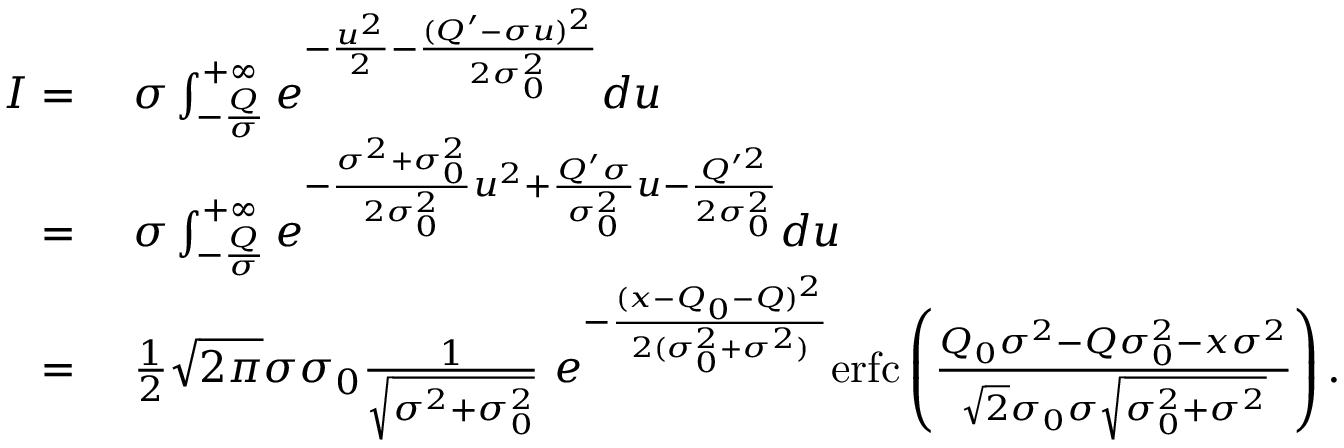
\begin{array} { r l } { I = \ } & { \sigma \int _ { - \frac { Q } { \sigma } } ^ { + \infty } e ^ { - \frac { u ^ { 2 } } { 2 } - \frac { ( Q ^ { \prime } - \sigma u ) ^ { 2 } } { 2 \sigma _ { 0 } ^ { 2 } } } d u } \\ { = \ } & { \sigma \int _ { - \frac { Q } { \sigma } } ^ { + \infty } e ^ { - \frac { \sigma ^ { 2 } + \sigma _ { 0 } ^ { 2 } } { 2 \sigma _ { 0 } ^ { 2 } } u ^ { 2 } + \frac { Q ^ { \prime } \sigma } { \sigma _ { 0 } ^ { 2 } } u - \frac { Q ^ { \prime 2 } } { 2 \sigma _ { 0 } ^ { 2 } } } d u } \\ { = \ } & { \frac { 1 } { 2 } \sqrt { 2 \pi } \sigma \sigma _ { 0 } \frac { 1 } { \sqrt { \sigma ^ { 2 } + \sigma _ { 0 } ^ { 2 } } } \ e ^ { - \frac { ( x - Q _ { 0 } - Q ) ^ { 2 } } { 2 ( \sigma _ { 0 } ^ { 2 } + \sigma ^ { 2 } ) } } \mathrm { e r f c } \left( \frac { Q _ { 0 } \sigma ^ { 2 } - Q \sigma _ { 0 } ^ { 2 } - x \sigma ^ { 2 } } { \sqrt { 2 } \sigma _ { 0 } \sigma \sqrt { \sigma _ { 0 } ^ { 2 } + \sigma ^ { 2 } } } \right) . } \end{array}